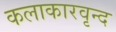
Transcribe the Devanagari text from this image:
कलाकारवृन्द